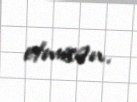
etmisən.